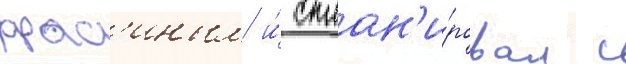
крас'иным и́ сплан'и́ровал с